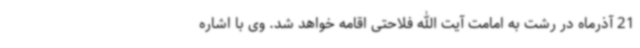
21 آذرماه در رشت به امامت آیت الله فلاحتی اقامه خواهد شد. وی با اشاره